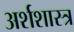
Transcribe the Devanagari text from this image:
अर्शशास्त्र